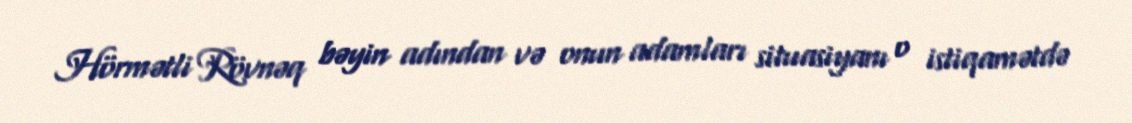
Hörmətli Rövnəq bəyin adından və onun adamları situasiyanı o istiqamətdə